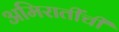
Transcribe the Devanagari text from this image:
अमिरातींची